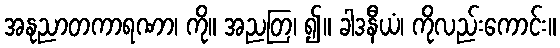
အနုညာတကာရဏာ၊ ကို။ အညတြ၊ ၍။ ခါဒနီယံ၊ ကိုလည်းကောင်း။